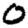
Digit: 0